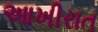
આખીરાત